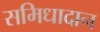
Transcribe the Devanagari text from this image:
समिधादान